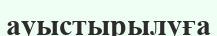
ауыстырылуға